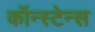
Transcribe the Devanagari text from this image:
कॉन्स्टेन्स